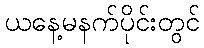
ယနေ့မနက်ပိုင်းတွင်